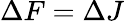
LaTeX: \Delta F=\Delta J